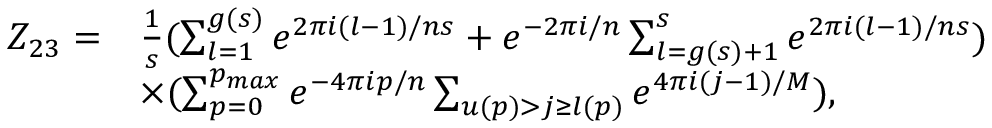
\begin{array} { l l } { { Z _ { 2 3 } = } } & { { \frac { 1 } { s } ( \sum _ { l = 1 } ^ { g ( s ) } e ^ { 2 \pi i ( l - 1 ) / n s } + e ^ { - 2 \pi i / n } \sum _ { l = g ( s ) + 1 } ^ { s } e ^ { 2 \pi i ( l - 1 ) / n s } ) } } \\ { { } } & { { \times ( \sum _ { p = 0 } ^ { p _ { m a x } } e ^ { - 4 \pi i p / n } \sum _ { u ( p ) > j \geq l ( p ) } e ^ { 4 \pi i ( j - 1 ) / M } ) , } } \end{array}